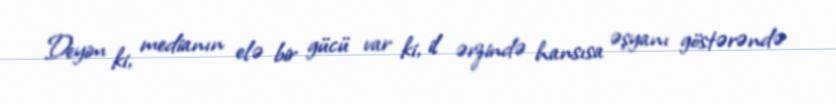
Deyim ki, medianın elə bir gücü var ki, il ərzində hansısa əşyanı göstərəndə